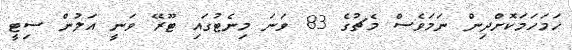
ހަމަހަމަކޮށްދިން ނަމަވެސް މެޗުގެ 83 ވަނަ މިނެޓުގައި ޓޫރޭ ވަނީ އަލުން ސިޓީ